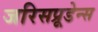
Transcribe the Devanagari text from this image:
जरिसप्रूडेन्स